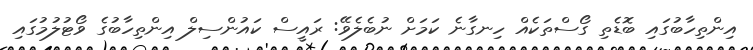
އިންތިހާބުގައި ބޮޑެތި ގޯސްތަކެއް ހިނގާނެ ކަމަށް ނުބެލެވޭ: ރައީސް ކައުންސިލް އިންތިހާބުގެ ވޯޓުލުމުގައި